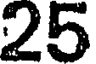
25